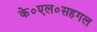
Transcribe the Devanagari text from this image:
के०एल०सहगल